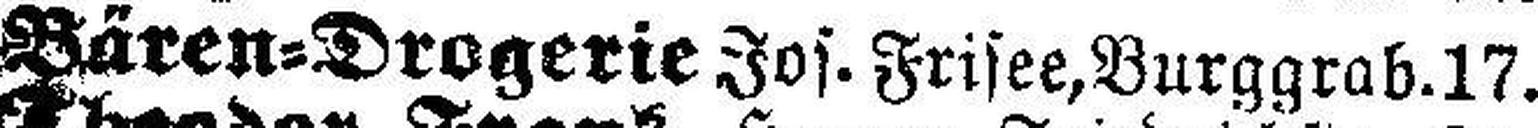
Bären=Drogerie Jos. Frisee, Burggrab.17.